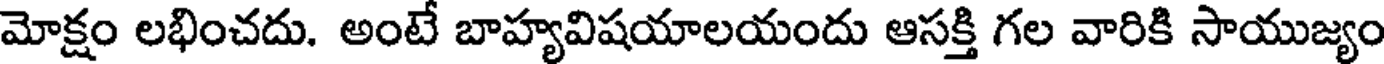
మోక్షం లభించదు. అంటే బాహ్యవిషయాలయందు ఆసక్తి గల వారికి సాయుజ్యం